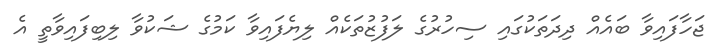
ޖަހާފައިވާ ބައެއް ދިދަތަކުގައި ސިހުރުގެ ލަފުޒުތަކެއް ލިޔެފައިވާ ކަމުގެ ޝަކުވާ ލިބިފައިވާތީ އެ